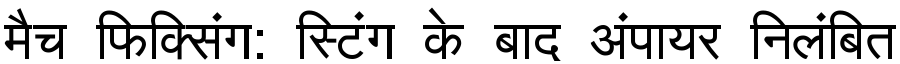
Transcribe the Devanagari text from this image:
मैच फिक्सिंग: स्टिंग के बाद अंपायर निलंबित